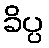
ခိပ္ပ